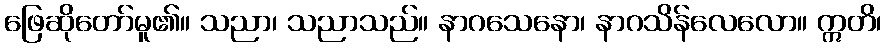
ဖြေဆိုတော်မူ၏။ သညာ၊ သညာသည်။ နာဂသေနော၊ နာဂသိန်လေလော။ ဣတိ၊